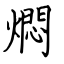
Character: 燜